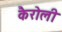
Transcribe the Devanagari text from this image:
कैरोली